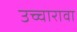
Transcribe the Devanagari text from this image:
उच्चारावा